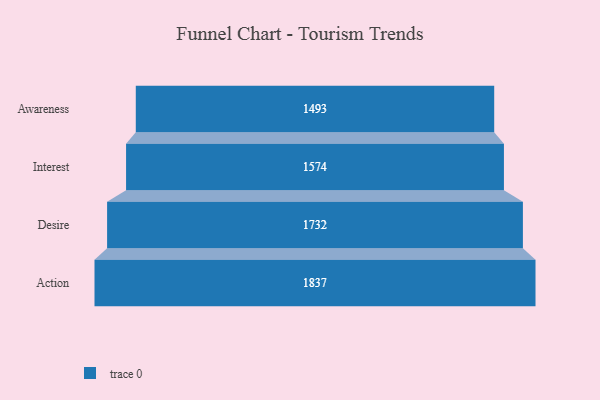
{"axis": {"x": "Stage", "y": "Value"}, "legend": [""], "data": [{"x": "Awareness", "y": 1493.0, "type": ""}, {"x": "Interest", "y": 1574.0, "type": ""}, {"x": "Desire", "y": 1732.0, "type": ""}, {"x": "Action", "y": 1837.0, "type": ""}]}